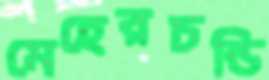
মেহেরচন্ডি